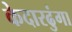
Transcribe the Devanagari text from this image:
केदारढुंगा